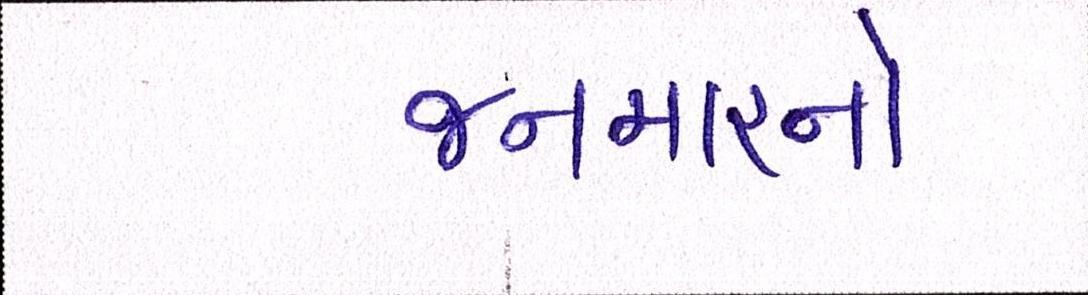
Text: જનમારાનો